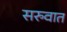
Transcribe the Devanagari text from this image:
सरुवात